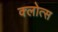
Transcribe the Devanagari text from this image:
क्लोत्स